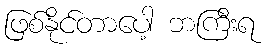
ဖြစ်နိုင်တာပေါ့ ဘကြီးရ